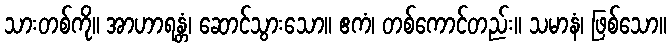
သားတစ်ကို။ အာဟာရန္တံ၊ ဆောင်သွားသော။ ဧကံ၊ တစ်ကောင်တည်း။ သမာနံ၊ ဖြစ်သော။